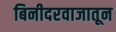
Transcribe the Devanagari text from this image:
बिनीदरवाजातून